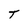
Character: T